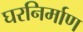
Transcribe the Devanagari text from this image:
घरनिर्माण